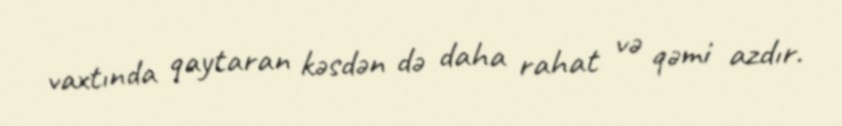
vaxtında qaytaran kəsdən də daha rahat və qəmi azdır.